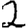
Digit: 2